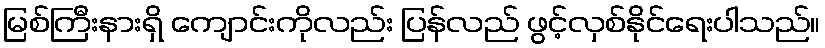
မြစ်ကြီးနားရှိ ကျောင်းကိုလည်း ပြန်လည် ဖွင့်လှစ်နိုင်ရေးပါသည်။